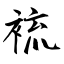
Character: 裗